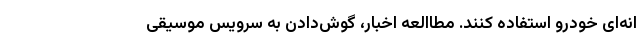
انه‌ای خودرو استفاده کنند. مطاالعه اخبار، گوش‌دادن به سرویس موسیقی